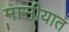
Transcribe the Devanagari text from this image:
मासीयात